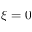
\xi = 0